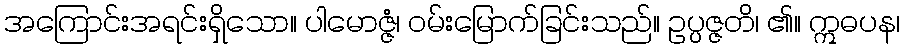
အကြောင်းအရင်းရှိသော။ ပါမောဇ္ဇံ၊ ဝမ်းမြောက်ခြင်းသည်။ ဥပ္ပဇ္ဇတိ၊ ၏။ ဣဓပန၊